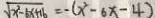
\sqrt { x ^ { 2 } - 6 x + 1 6 } = - ( x ^ { 2 } - 6 x - 4 )